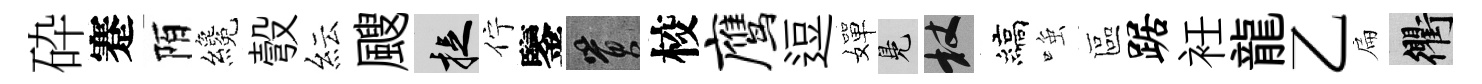
砕蹇陌纔彀紜颼捉佇鑒篔校鹰逗嬋鳬杖縞𫪻區踞衽龍乙扁衢